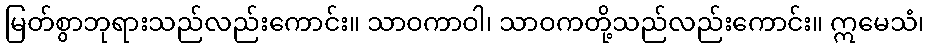
မြတ်စွာဘုရားသည်လည်းကောင်း။ သာဝကာဝါ၊ သာဝကတို့သည်လည်းကောင်း။ ဣမေသံ၊